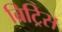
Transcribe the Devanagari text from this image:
ब्रिट्रिस